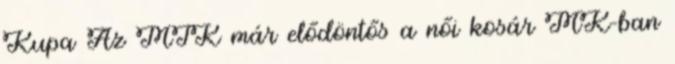
Kupa Az MTK már elődöntős a női kosár MK-ban